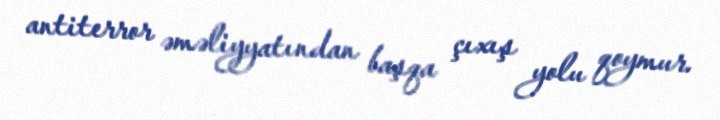
antiterror əməliyyatından başqa çıxış yolu qoymur.